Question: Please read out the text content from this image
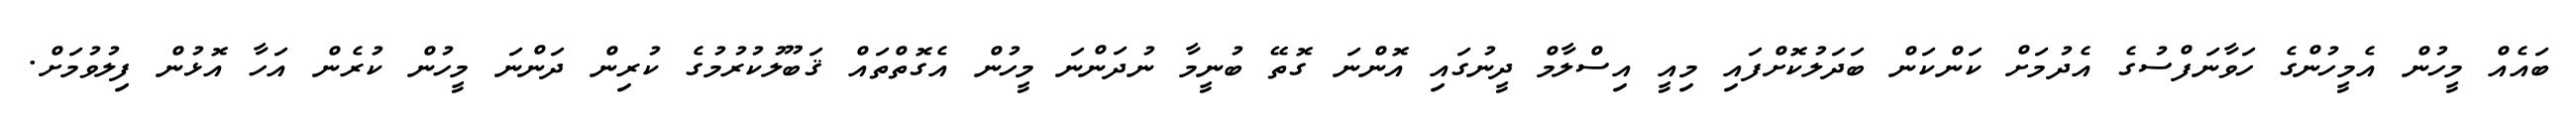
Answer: ބައެއް މީހުން އެމީހުންގެ ހަވާނަފްސުގެ އެދުމަށް ކަންކަން ބަދަލުކޮށްފައި މިއީ އިސްލާމް ދީނުގައި އޮންނަ ގޮތޭ ބުނީމާ ނުދަންނަ މީހުން އެގޮތްތައް ޤަބޫލުކުރުމުގެ ކުރިން ދަންނަ މީހުން ކުރެން އަހާ އޮޅުން ފިލުވުމަށް.